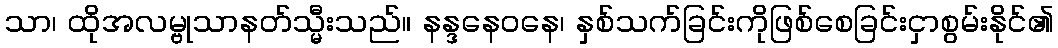
သာ၊ ထိုအလမ္ဗုသာနတ်သ္မီးသည်။ နန္ဒနေဝနေ၊ နှစ်သက်ခြင်းကိုဖြစ်စေခြင်းငှာစွမ်းနိုင်၏